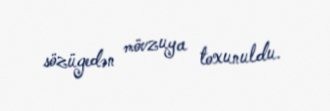
sözügedən mövzuya toxunuldu.